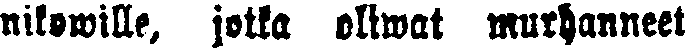
nikowille, jotka oliwat murhanneet